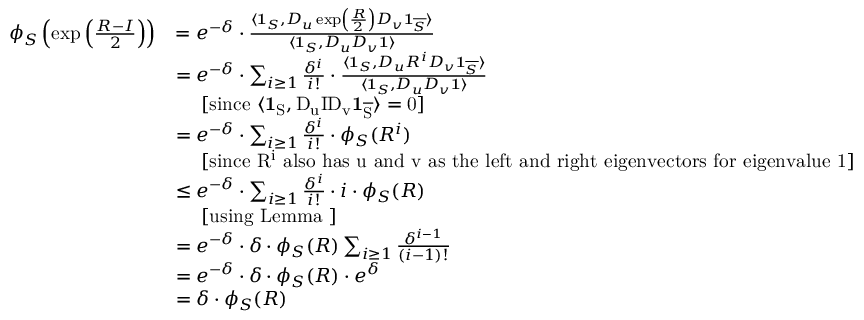
\begin{array} { r l } { \phi _ { S } \left( \exp \left( \frac { R - I } { 2 } \right) \right) } & { = e ^ { - \delta } \cdot \frac { \langle \mathbf { 1 } _ { S } , D _ { u } \exp \left( \frac { R } { 2 } \right) D _ { v } \mathbf { 1 } _ { \overline { { S } } } \rangle } { \langle \mathbf { 1 } _ { S } , D _ { u } D _ { v } \mathbf { 1 } \rangle } } \\ & { = e ^ { - \delta } \cdot \sum _ { i \geq 1 } \frac { \delta ^ { i } } { i ! } \cdot \frac { \langle \mathbf { 1 } _ { S } , D _ { u } R ^ { i } D _ { v } \mathbf { 1 } _ { \overline { { S } } } \rangle } { \langle \mathbf { 1 } _ { S } , D _ { u } D _ { v } \mathbf { 1 } \rangle } } \\ & { \ \ \ \ \mathrm { [ s i n c e ~ \ensuremath { \langle \mathbf { 1 } _ { S } , D _ { u } I D _ { v } \mathbf { 1 } _ { \overline { { S } } } \rangle = 0 } ] } } \\ & { = e ^ { - \delta } \cdot \sum _ { i \geq 1 } \frac { \delta ^ { i } } { i ! } \cdot \phi _ { S } ( R ^ { i } ) } \\ & { \ \ \ \ \mathrm { [ s i n c e ~ \ensuremath { R ^ { i } } ~ a l s o ~ h a s ~ \ensuremath { u } ~ a n d ~ \ensuremath { v } ~ a s ~ t h e ~ l e f t ~ a n d ~ r i g h t ~ e i g e n v e c t o r s ~ f o r ~ e i g e n v a l u e ~ 1 ] } } \\ & { \leq e ^ { - \delta } \cdot \sum _ { i \geq 1 } \frac { \delta ^ { i } } { i ! } \cdot i \cdot \phi _ { S } ( R ) } \\ & { \ \ \ \ \mathrm { [ u s i n g ~ L e m m a ~ ] } } \\ & { = e ^ { - \delta } \cdot \delta \cdot \phi _ { S } ( R ) \sum _ { i \geq 1 } \frac { \delta ^ { i - 1 } } { ( i - 1 ) ! } } \\ & { = e ^ { - \delta } \cdot \delta \cdot \phi _ { S } ( R ) \cdot e ^ { \delta } } \\ & { = \delta \cdot \phi _ { S } ( R ) } \end{array}